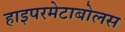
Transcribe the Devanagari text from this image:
हाइपरमेटाबोलस